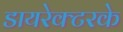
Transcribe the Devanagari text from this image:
डायरेक्टरके